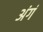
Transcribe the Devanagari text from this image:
अंगं